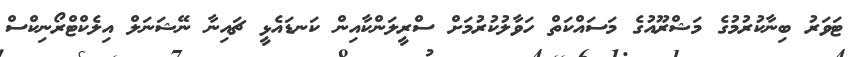
ޓަވަރު ބިނާކުރުމުގެ މަޝްރޫއުގެ މަސައްކަތް ހަވާލުކުރުމަށް ސްރީލަންކާއިން ކަނޑައެޅީ ޗައިނާ ނޭޝަނަލް އިލެކްޓްރޯނިކްސް